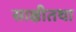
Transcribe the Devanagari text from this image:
साक्षीतथा